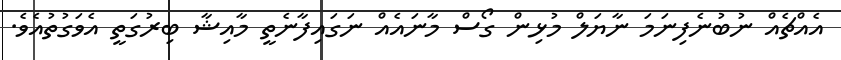
އެއްޗެއް ނުބުނެފިނަމަ ނާޔަލް މުޅިން ގޯސް މާނައެއް ނަގައިފާނެތީ މާއިޝާ ބިރުގަތީ އެވަގުތުއެވެ.